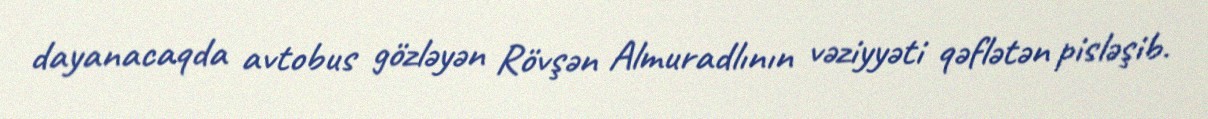
dayanacaqda avtobus gözləyən Rövşən Almuradlının vəziyyəti qəflətən pisləşib.